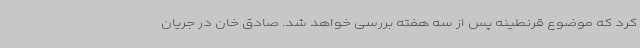
کرد که موضوع قرنطینه پس از سه هفته بررسی خواهد شد. صادق خان در جریان